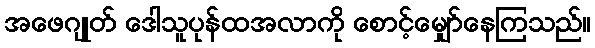
အဖေဂျုတ် ဒေါသူပုန်ထအလာကို စောင့်မျှော်နေကြသည်။